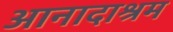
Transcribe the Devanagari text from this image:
आनादाश्रम